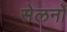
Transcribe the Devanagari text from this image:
सेलर्नो